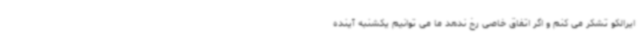
ایرالکو تشکر می کنم و اگر اتفاق خاصی رخ ندهد ما می توانیم یکشنبه آینده